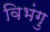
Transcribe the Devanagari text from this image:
विभंगु